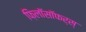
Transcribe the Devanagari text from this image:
फ़िलॉसॉफर्स्